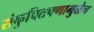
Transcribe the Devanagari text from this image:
संकुचितपणामुळेच